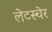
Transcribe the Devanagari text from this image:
लेटस्चेर